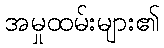
အမှုထမ်းများ၏